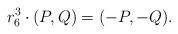
LaTeX: \begin{align*}r_6^3\cdot (P,Q) = (-P,-Q).\end{align*}